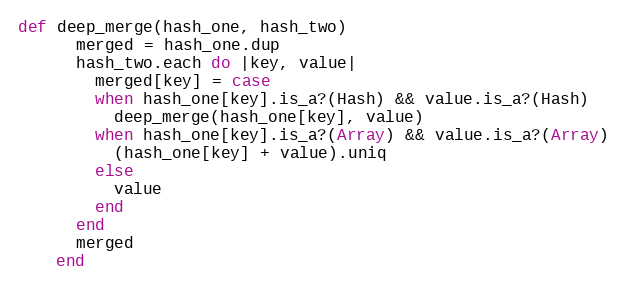
Language: Ruby
def deep_merge(hash_one, hash_two)
      merged = hash_one.dup
      hash_two.each do |key, value|
        merged[key] = case
        when hash_one[key].is_a?(Hash) && value.is_a?(Hash)
          deep_merge(hash_one[key], value)
        when hash_one[key].is_a?(Array) && value.is_a?(Array)
          (hash_one[key] + value).uniq
        else
          value
        end
      end
      merged
    end